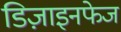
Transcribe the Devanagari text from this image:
डिज़ाइनफेज